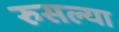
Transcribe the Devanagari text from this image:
रुसल्या